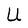
Character: U